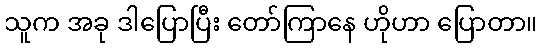
သူက အခု ဒါပြောပြီး တော်ကြာနေ ဟိုဟာ ပြောတာ။